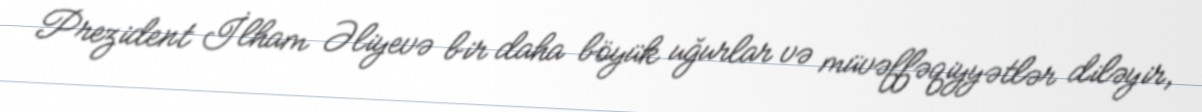
Prezident İlham Əliyevə bir daha böyük uğurlar və müvəffəqiyyətlər diləyir,